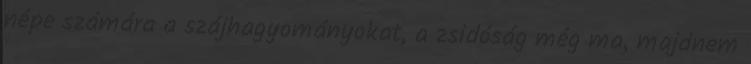
népe számára a szájhagyományokat, a zsidóság még ma, majdnem